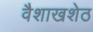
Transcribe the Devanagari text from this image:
वैशाखशेठ